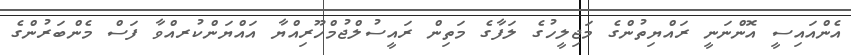
އެންއައިސީ އޮންނަނީ ރައްޔިތުންގެ މަޖިލީހުގެ ލަފާގެ މަތިން ރައީސުލްޖުމްހޫރިއްޔާ އައްޔަންކުރއްވާ ފަސް މެންބަރުންގެ